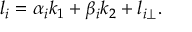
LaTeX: l _ { i } = \alpha _ { i } k _ { 1 } + \beta _ { i } k _ { 2 } + l _ { i \perp } .